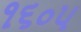
૧૬૦૫